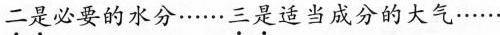
二是必要的水分……三是适当成分的大气……